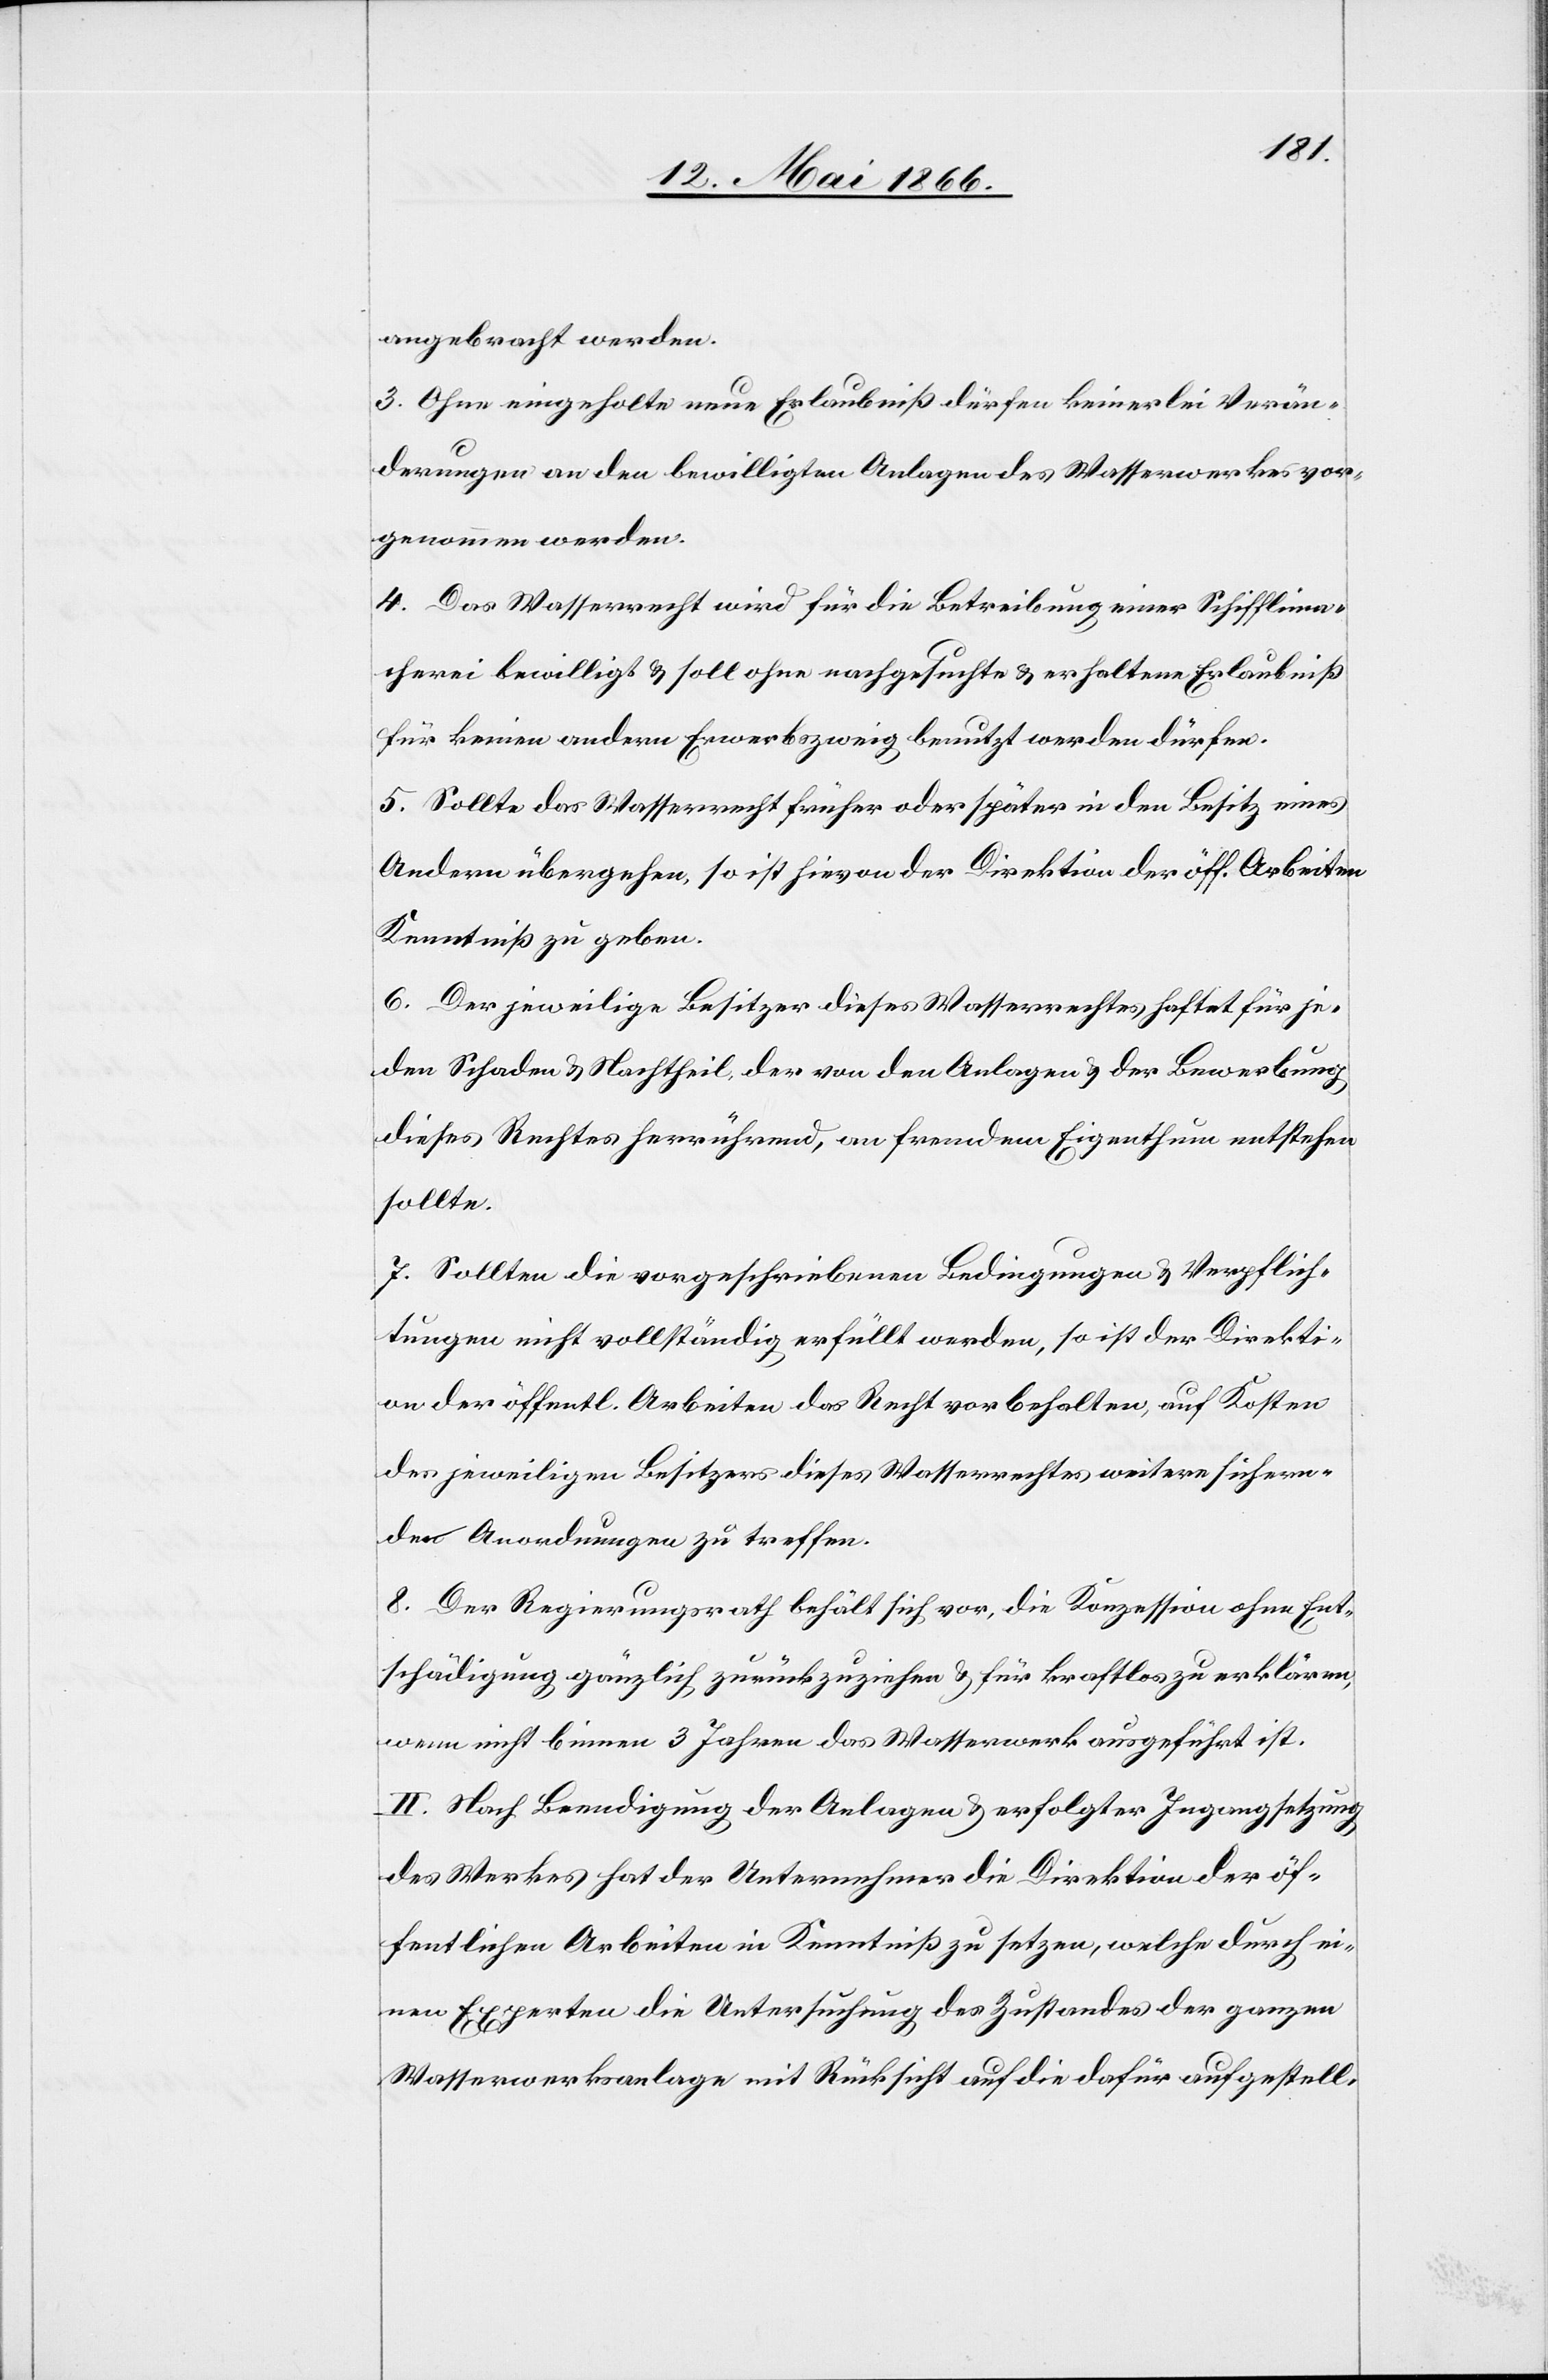
angebracht werden.
3. Ohne eingeholte neue Erlaubniß dürfen keinerlei Verän¬
derungen an den bewilligten Anlagen des Wasserwerkes vor¬
genommen werden.
4. Das Wasserrecht wird für die Betreibung einer Schifflima¬
cherei bewilligt u. soll ohne nachgesuchte u. erhaltene Erlaubniß
für keinen andern Erwerbszweig benutzt werden dürfen.
5. Sollte das Wasserrecht früher oder später in den Besitz eines
Andern übergehen, so ist hievon der Direktion der öff. Arbeiten
Kenntniß zu geben.
6. Der jeweilige Besitzer dieses Wasserrechtes haftet für je¬
den Schaden u. Nachtheil, der von den Anlagen u. der Bewerbung
dieses Rechtes herrührend, an fremdem Eigenthum entstehen
sollte.
7. Sollten die vorgeschriebenen Bedingungen u. Verpflich¬
tungen nicht vollständig erfüllt werden, so ist der Direkti¬
on der öffentl. Arbeiten das Recht vorbehalten, auf Kosten
der jeweiligen Besitzer dieses Wasserrechtes weitere sichern¬
de Anordnungen zu treffen.
8. Der Regierungsrath behält sich vor, die Konzession ohne Ent¬
schädigung gänzlich zurückzuziehen u. für kraftlos zu erklären,
wenn nicht binnen 3 Jahren das Wasserwerk ausgeführt ist.
II. Nach Beendigung der Anlagen u. erfolgter Ingangsetzung
des Werkes hat der Unternehmer die Direktion der öf¬
fentlichen Arbeiten in Kenntniß zu setzen, welche durch ei¬
nen Experten die Untersuchung des Zustandes der ganzen
Wasserwerkanlage mit Rücksicht auf die dafür aufgestell-